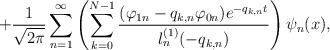
\begin{align*}+\frac{1}{\sqrt{2\pi}}\sum_{n=1}^{\infty}\left(\sum\limits_{k=0}^{N-1}\frac{(\varphi_{1n}-q_{k,n}\varphi_{0n})e^{-q_{k,n}t}}{l^{(1)}_n(-q_{k,n})}\right)\psi_n(x),\end{align*}